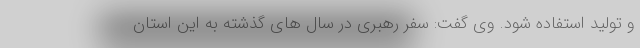
و تولید استفاده شود. وی گفت: سفر رهبری در سال های گذشته به این استان